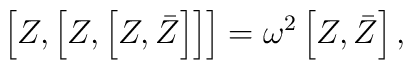
\left[Z,\left[Z,\left[Z,\bar Z\right]\right]\right]= \omega^{2}\left[Z,\bar{Z}\right],